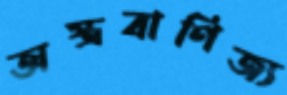
অস্ত্রবাণিজ্য